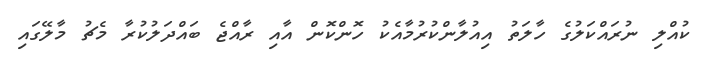
ކުއްލި ނުރައްކަލުގެ ހާލަތު އިއުލާންކުރުމާއެކު ހޮންކޮން އާއި ރާއްޖެ ބައްދަލުކުރާ މެޗު މާލޭގައި